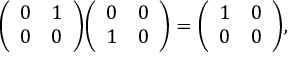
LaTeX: { \left( \begin{array} { l l } { 0 } & { 1 } \\ { 0 } & { 0 } \end{array} \right) } { \left( \begin{array} { l l } { 0 } & { 0 } \\ { 1 } & { 0 } \end{array} \right) } = { \left( \begin{array} { l l } { 1 } & { 0 } \\ { 0 } & { 0 } \end{array} \right) } ,